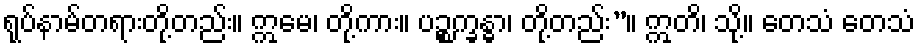
ရုပ်နာမ်တရားတို့တည်း။ ဣမေ၊ တို့ကား။ ပဉ္စက္ခန္ဓာ၊ တို့တည်း”။ ဣတိ၊ သို့။ တေသံ တေသံ